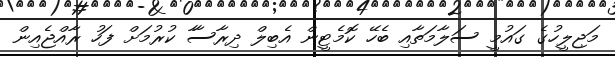
މަޖިލީހުގެ ގައުމީ ސަލާމަތާއި ބެހޭ ކޮމެޓީން އެބިލް ދިރާސާާ ކުރުމަށް ފަހު ރާއްޖެއިން